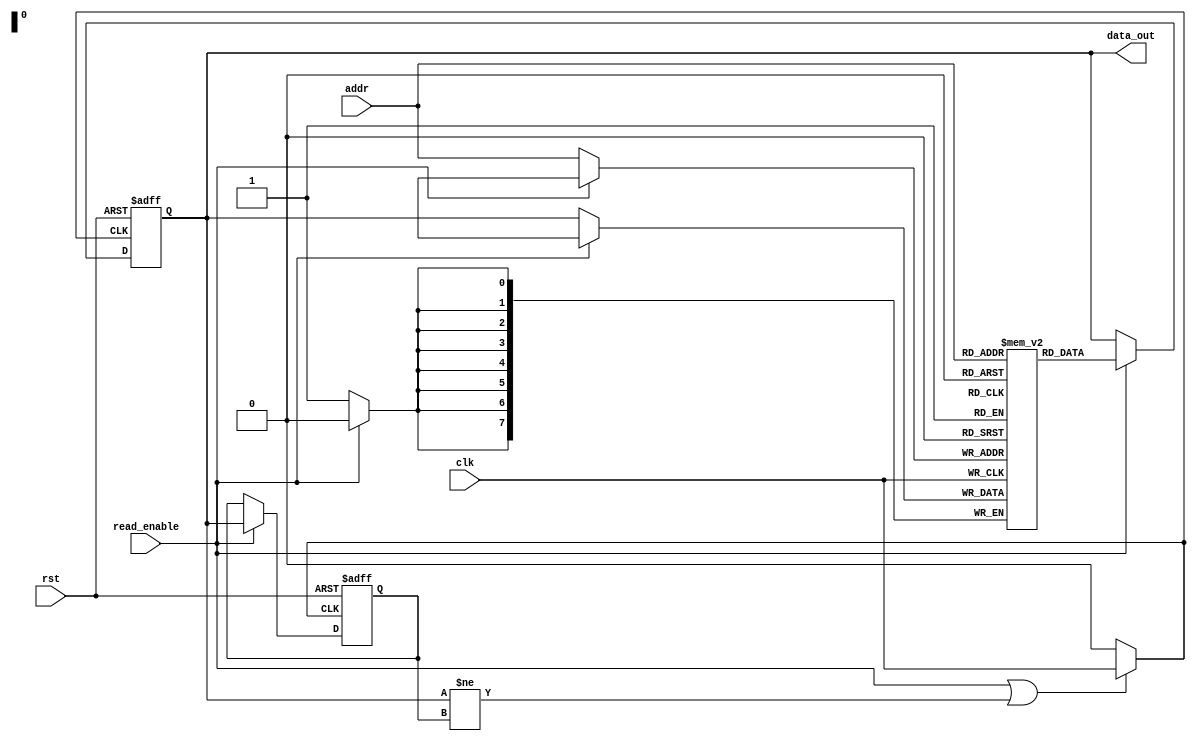
module memory_block (
    input wire clk,                // Main clock
    input wire rst,                // Reset signal
    input wire read_enable,        // Read enable signal
    input wire [7:0] addr,         // Address for memory access
    output reg [7:0] data_out      // Data output from memory
);

// Memory array (example: 256 x 8-bit SRAM)
reg [7:0] memory [0:255];

// Previous output register to track changes
reg [7:0] prev_data_out;

// Clock gating signal
wire gated_clk;

// Clock gating logic
assign gated_clk = (read_enable || (data_out != prev_data_out)) ? clk : 1'b0;

// Memory operation
always @(posedge gated_clk or posedge rst) begin
    if (rst) begin
        data_out <= 8'b0; // Reset data output
        prev_data_out <= 8'b0; // Reset previous output
    end else if (read_enable) begin
        data_out <= memory[addr]; // Read data from memory
        prev_data_out <= data_out; // Update previous output
    end
end

// Memory write operation (for completeness)
always @(posedge clk) begin
    if (!read_enable) begin
        memory[addr] <= data_out; // Write data to memory (if needed)
    end
end

endmodule